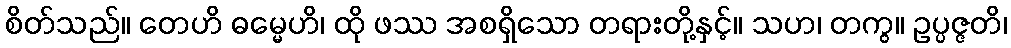
စိတ်သည်။ တေဟိ ဓမ္မေဟိ၊ ထို ဖဿ အစရှိသော တရားတို့နှင့်။ သဟ၊ တကွ။ ဥပ္ပဇ္ဇတိ၊